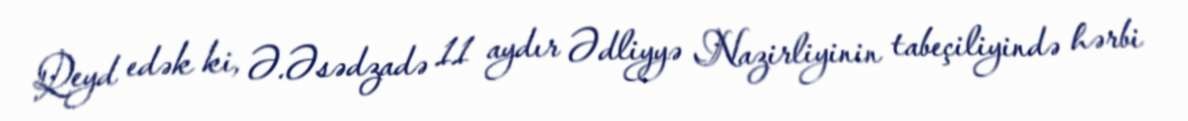
Qeyd edək ki, Ə.Əsədzadə 11 aydır Ədliyyə Nazirliyinin tabeçiliyində hərbi